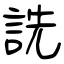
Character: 詵